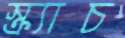
স্ক্র্যাচ